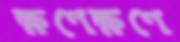
ক্ষণেক্ষণে